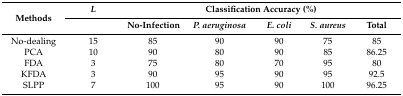
<table><thead><tr><td rowspan="2"><b>Methods</b></td><td><b><i>L</i></b></td><td colspan="5"><b>Classification Accuracy (%)</b></td></tr><tr><td></td><td><b>No-Infection</b></td><td><b><i>P. aeruginosa</i></b></td><td><b><i>E. coli</i></b></td><td><b><i>S. aureus</i></b></td><td><b>Total</b></td></tr></thead><tbody><tr><td>No-dealing</td><td>15</td><td>85</td><td>90</td><td>90</td><td>75</td><td>85</td></tr><tr><td>PCA</td><td>10</td><td>90</td><td>80</td><td>90</td><td>85</td><td>86.25</td></tr><tr><td>FDA</td><td>3</td><td>75</td><td>80</td><td>70</td><td>95</td><td>80</td></tr><tr><td>KFDA</td><td>3</td><td>90</td><td>95</td><td>90</td><td>95</td><td>92.5</td></tr><tr><td>SLPP</td><td>7</td><td>100</td><td>95</td><td>90</td><td>100</td><td>96.25</td></tr></tbody></table>